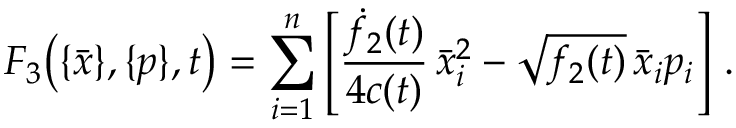
F _ { 3 } \big ( \{ \bar { x } \} , \{ p \} , t \big ) = \sum _ { i = 1 } ^ { n } \left[ \frac { \dot { f } _ { 2 } ( t ) } { 4 c ( t ) } \, \bar { x } _ { i } ^ { 2 } - \sqrt { f _ { 2 } ( t ) } \, \bar { x } _ { i } p _ { i } \right] \, .